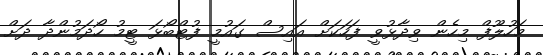
މަހުލޫފް މިހެން ވިދާޅުވީ ފަހަކަށް އައިސް ގައުމީ ފުޓްބޯޅަ ޓީމު ހޯދަމުންދާ ދަށް